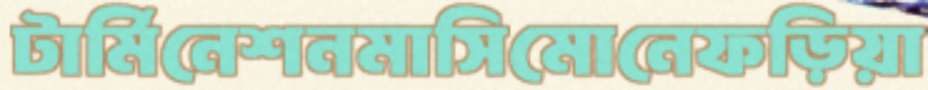
টার্মিনেশনমাসিমোনেফড়িয়া